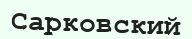
Сарковский